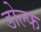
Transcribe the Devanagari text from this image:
डोल्फ